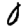
Digit: 0